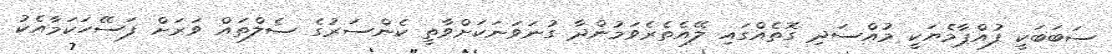
ސަބަބަކީ ފުއްޕާމެޔަކީ މުއްސަދި ގޮތެއްގައި ލޭއެތެރެވަމުންދާ ގުނަވަނަކަށްވާތީ ކެންސަރުގެ ސެލްތައް ވަރަށް ފަސޭހަކަމާއެކު